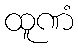
ထူဏံ